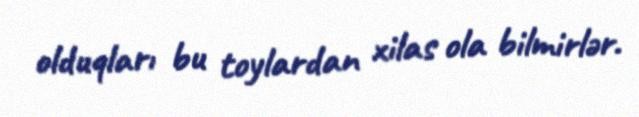
olduqları bu toylardan xilas ola bilmirlər.